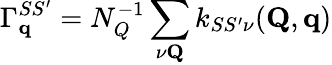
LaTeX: \Gamma_{\mathbf{q}}^{SS^{\prime}}=N_{Q}^{-1}\sum_{\nu\mathbf{Q}}k_{SS^{\prime}\nu}(\mathbf{Q},\mathbf{q})